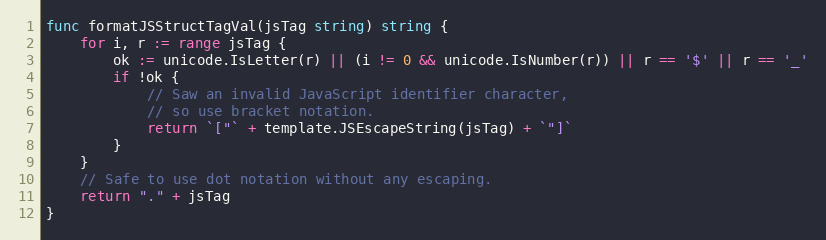
Language: Go
func formatJSStructTagVal(jsTag string) string {
	for i, r := range jsTag {
		ok := unicode.IsLetter(r) || (i != 0 && unicode.IsNumber(r)) || r == '$' || r == '_'
		if !ok {
			// Saw an invalid JavaScript identifier character,
			// so use bracket notation.
			return `["` + template.JSEscapeString(jsTag) + `"]`
		}
	}
	// Safe to use dot notation without any escaping.
	return "." + jsTag
}